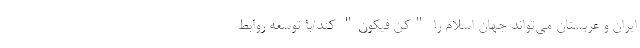
ایران و عربستان می‌تواند جهان اسلام را "کن فیکون" کند/با توسعه روابط